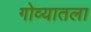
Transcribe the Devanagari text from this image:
गोव्यातला